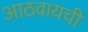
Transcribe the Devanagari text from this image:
आठवायची